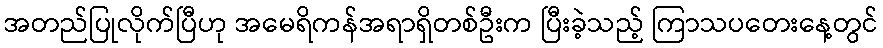
အတည်ပြုလိုက်ပြီဟု အမေရိကန်အရာရှိတစ်ဦးက ပြီးခဲ့သည့် ကြာသပတေးနေ့တွင်